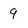
Character: 9